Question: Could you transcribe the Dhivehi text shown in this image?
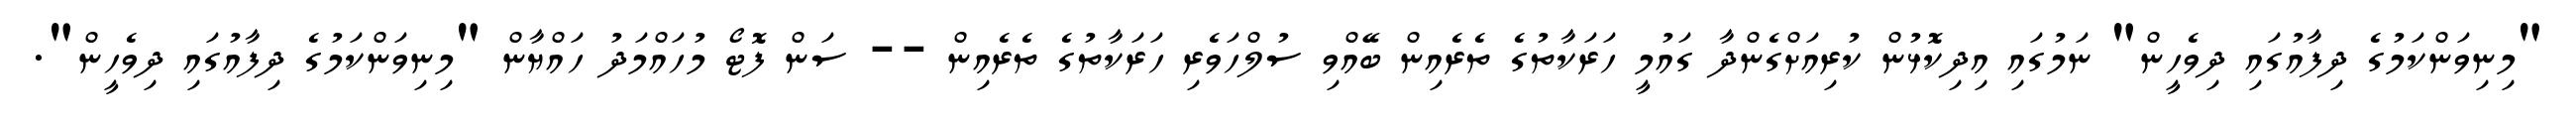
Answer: "މިނިވަންކަމުގެ ދިފާއުގައި ދިވެހީން" ނަމުގައި އިދިކޮޅުން ކުރިއަށްގެންދާ ގައުމީ ހަރަކާތުގެ ތެރެއިން ބޭއްވި ސުލްހަވެރި ހަރަކާތުގެ ތެރެއިން -- ސަން ފޮޓޯ މުހައްމަދު ހައްޔާން "މިނިވަންކަމުގެ ދިފާއުގައި ދިވެހީން".